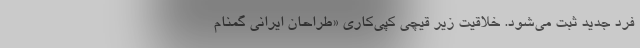
فرد جدید ثبت می‌شود. خلاقیت زیر قیچی کپی‌کاری «طراحان ایرانی گمنام